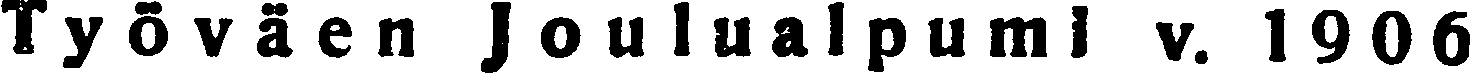
Työväen Joulualpumi v. 1906